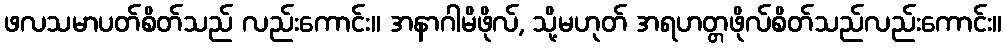
ဖလသမာပတ်စိတ်သည် လည်းကောင်း။ အနာဂါမိဖိုလ်, သို့မဟုတ် အရဟတ္တဖိုလ်စိတ်သည်လည်းကောင်း။